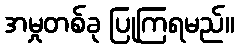
အမှုတစ်ခု ပြုကြရမည်။